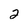
Character: 2